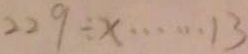
2 2 9 \div x \cdots 1 3